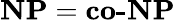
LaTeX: \mathbf{NP}={\textbf{co-NP}}